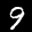
Label: 9